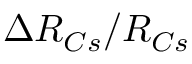
\Delta R _ { C s } / R _ { C s }